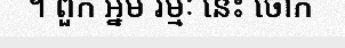
។ ពួក អ្នម រម្មៈ នេះ ថោក